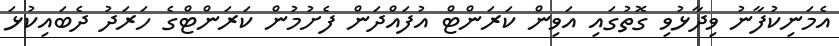
އެމަނިކުފާނު ވިދާޅުވި ގޮތުގައި އަވިން ކަރަންޓް އުފައްދަން ފެށުމުން ކަރަންޓްގެ ހަރަދު ދެބައިކުޅަ